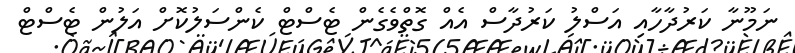
ނަމޫނާ ކަރުދާހާއި އަސްލު ކަރުދާސް އެއް ގޮތްވެގެން ޓެސްޓް ކެންސަލުކޮށް އަލުން ޓެސްޓް